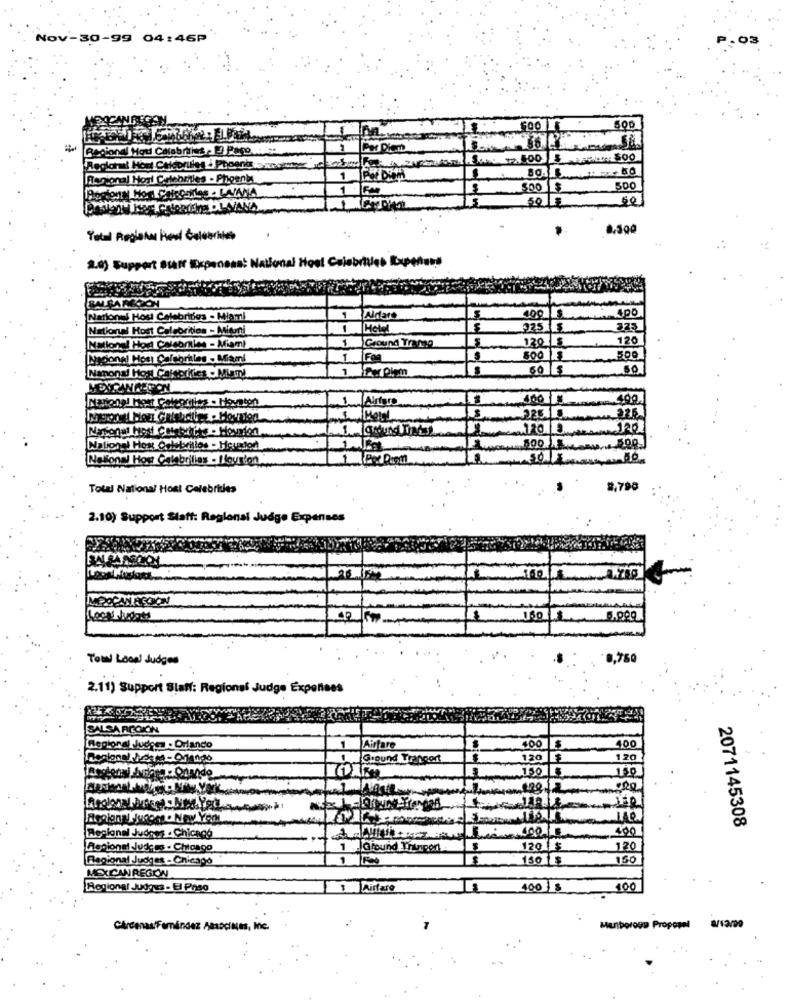
Nov-30-99 04:46P
500
pional Hou Calabriist , 3 Pago
400
hat Host Chicorules i Phoenix sancties
Tanional Hoyl Celebrities - Phoents
1
SOO
500
60
0,500
2.0) Support Staff Expensas: National Host C
BALRAREGION
Nationes Host Celebrities - Miami
Aldare
400
LS
National Host Celebrities - Mitni
925 5
323
120
National Hod Celebrities - Miami
1
Ground Tramo
120 5
japone! Hos Calebriles - Miami
500 15
60 /$
SO
Nanonal Hos Caleorifies - Miami
HEXPANAEPON
490
326
225.1.8
120
300
National How Oclebrillos - Houston
National Hoy Celebrilles - Houston
Total National Hont Celebrities
8,790
2.10) Support Staff: Regional Judge Expenses
Tom! Local Judges
0,750
2.11) Support Staff: Regional Judge Expenses
SALSA REGION
400
400
Regional Judess . Orlando
Airfare
Regional Ideia - Orlando
IN Ground Tranport
--
120
120
150 5
150
2anos My.York
000
180
400
2071145308
Re-ional Judges . Chicnog
Regional Jude gs - Chicago
1 1 Giound Thingon
120 1 $
120
Regional Judges - Chicago
150 1$
150
MEXICAN REGKW
Regional Judous - El Paso
Airfare
400 S
400
Menboroge Proposal 8/12/99